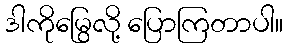
ဒါကိုမြွေလို့ ပြောကြတာပါ။